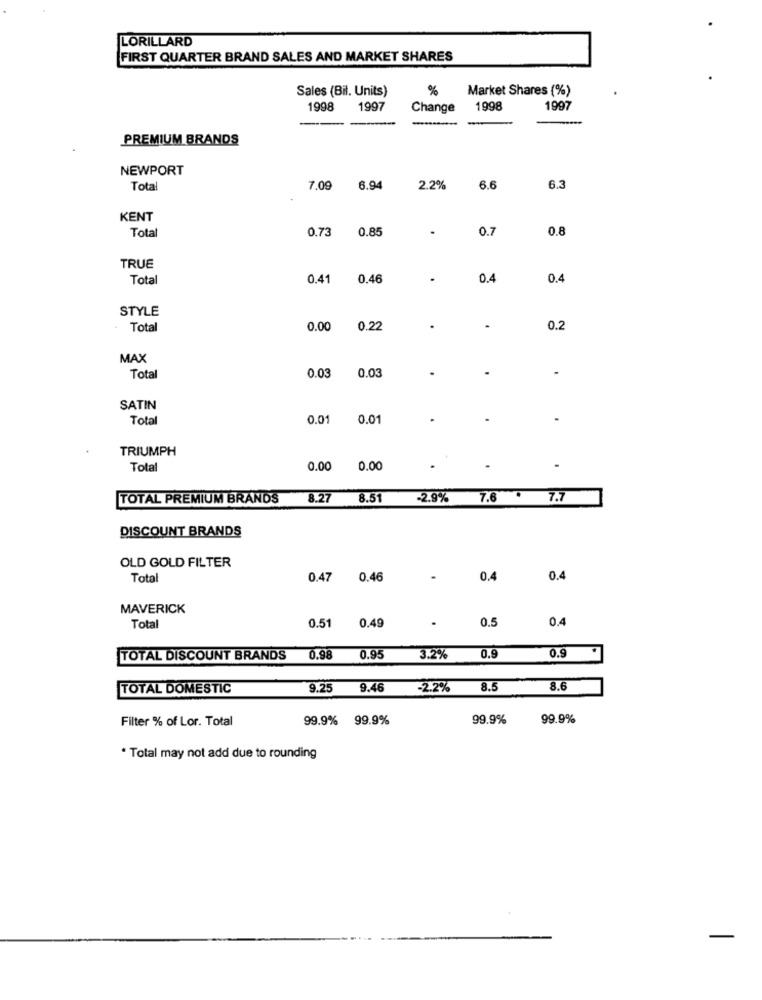
LORILLARD
FIRST QUARTER BRAND SALES AND MARKET SHARES
Sales (Bil. Units)
%
Market Shares (%)
1998
1997
Change
1998
1997
PREMIUM BRANDS
NEWPORT
Total
7.09
6.94
2.2%
6.6
6.3
KENT
Total
0.73
0.85
.
0.7
0.8
TRUE
Total
0.41
0.46
.
0.4
0.4
STYLE
Tota
0.00
0.22
.
0.2
MAX
Total
0.03
0.03
SATIN
Total
0.01
0.01
.
TRIUMPH
Total
0.00
0.00
TOTAL PREMIUM BRANDS
8.27
8.51
-2.9%
7.6 . 7.7
DISCOUNT BRANDS
OLD GOLD FILTER
Total
0.47
0.46
0.4
0.4
MAVERICK
0.51
0.5
0.4
Total
0.49
0.9
TOTAL DISCOUNT BRANDS
0.98
0.95
3.2%
0.9
TOTAL DOMESTIC
9.25
9.46
-2.2%
8.5
8.6
Filter % of Lor. Total
99.9%
99.9%
99.9%
99.9%
. Total may not add due to rounding